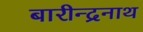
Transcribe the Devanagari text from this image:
बारीन्द्रनाथ